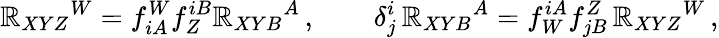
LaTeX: \mathbb{R}_{XYZ}{}^{W}=f_{iA}^{W}f_{Z}^{iB}{\cal\mathbb{R}}_{XYB}{}^{A}\, ,\qquad\delta_{j}^{i}\, {\cal\mathbb{R}}_{XYB}{}^{A}=f_{W}^{iA}f_{jB}^{Z}\, \mathbb{R}_{XYZ}{}^{W}\, ,